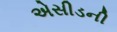
એસીડની